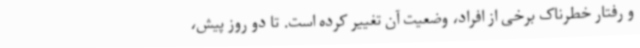
و رفتار خطرناک برخی از افراد، وضعیت آن تغییر کرده است. تا دو روز پیش،